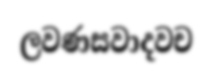
ලවණසවාදවච